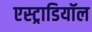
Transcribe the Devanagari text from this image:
एस्ट्राडियॉल